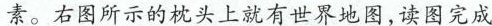
在日常生活用品中经常可以看到各种地理元素。右图所示的枕头上就有世界地图，读图完成